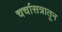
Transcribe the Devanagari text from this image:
चर्चासत्रातून